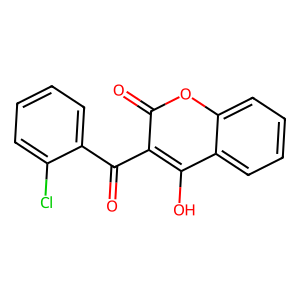
SMILES: O=C(c1ccccc1Cl)c1c(O)c2ccccc2oc1=O
Inhibits HIV replication: No